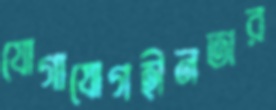
যোগাযোগহীনতার